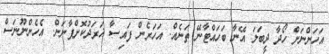
އަހަންނަށް ހޯދާ ދީބަލަ އޭނާ ބަހައްޓާނޭ ތަނެއް. އަހަރެން ފައިސާ ޚަރަދުކޮށްފާނަން. އެހެންނޫނަސް